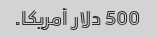
500 دلار آمریکا.